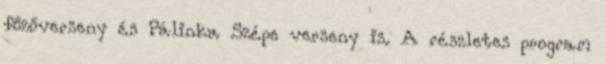
főzőverseny és Pálinka Szépe verseny is. A részletes program